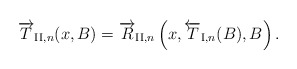
\begin{align*} \overrightarrow{T}_{\mathrm{II},n}(x,B) = \overrightarrow{R}_{\mathrm{II},n}\left(x,\overleftarrow{T}_{\mathrm{I},n}(B),B\right). \end{align*}